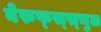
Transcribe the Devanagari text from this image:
बेरुफ्स्स्चुल